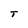
Character: T